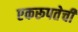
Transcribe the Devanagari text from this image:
एकरूपतेची